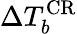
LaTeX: \Delta T_{b}^{\mathrm{CR}}